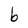
Character: b